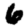
Digit: 6